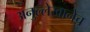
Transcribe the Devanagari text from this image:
अनुल्लेखानेच